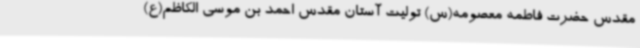
مقدس حضرت فاطمه معصومه(س) تولیت آستان مقدس احمد بن موسی الکاظم(ع)